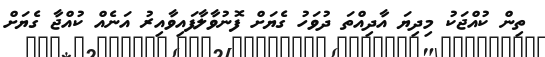
ތިން ކުއްޖަކު މިދިޔަ އާދިއްތަ ދުވަހު ގެޔަށް ފޮނުވާލާފައިވާއިރު އަނެއް ކުއްޖާ ގެޔަށް